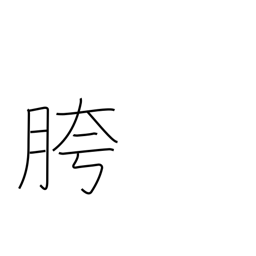
Meaning: crotch